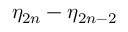
\eta _ { 2 n } - \eta _ { 2 n - 2 }